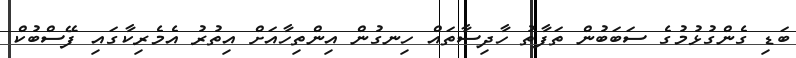
ބަޑި ގެންގުޅުމުގެ ސަބަބުން ތަފާތު ހާދިސާތައް ހިނގުން އިންތިހާއަށް އިތުރު އެމެރިކާގައި ފޭސްބުކް